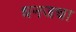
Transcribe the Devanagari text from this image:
धनजचा